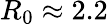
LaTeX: R_{0}\approx 2.2